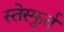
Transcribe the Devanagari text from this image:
स्तेस्फुर्त